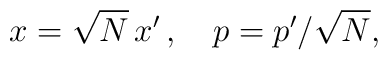
x=\sqrt{N}\, x'\, ,\quad p= p'/\sqrt{N},